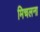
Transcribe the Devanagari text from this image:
मिचलना